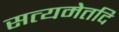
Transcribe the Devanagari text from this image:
सत्यमेतदि